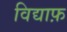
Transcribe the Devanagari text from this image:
विद्याफ़